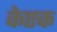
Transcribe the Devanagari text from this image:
केएक